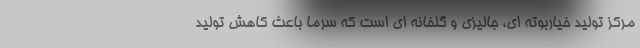
مرکز تولید خیاربوته ای، جالیزی و گلخانه ای است که سرما باعث کاهش تولید